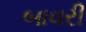
બાવરી